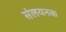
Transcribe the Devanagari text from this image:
संलयनक